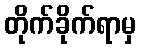
တိုက်ခိုက်ရာမှ